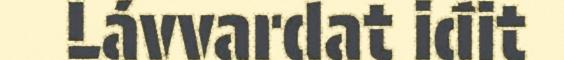
Lávvardat iđit